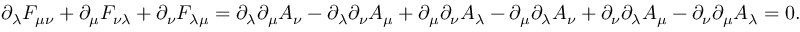
\partial _ { \lambda } F _ { \mu \nu } + \partial _ { \mu } F _ { \nu \lambda } + \partial _ { \nu } F _ { \lambda \mu } = \partial _ { \lambda } \partial _ { \mu } A _ { \nu } - \partial _ { \lambda } \partial _ { \nu } A _ { \mu } + \partial _ { \mu } \partial _ { \nu } A _ { \lambda } - \partial _ { \mu } \partial _ { \lambda } A _ { \nu } + \partial _ { \nu } \partial _ { \lambda } A _ { \mu } - \partial _ { \nu } \partial _ { \mu } A _ { \lambda } = 0 .